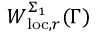
W _ { \mathrm { l o c } , r } ^ { \Sigma _ { 1 } } ( \Gamma )